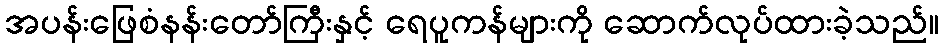
အပန်းဖြေစံနန်းတော်ကြီးနှင့် ရေပူကန်များကို ဆောက်လုပ်ထားခဲ့သည်။